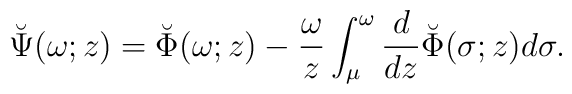
\breve{\Psi}(\omega;z)=\breve{\Phi}(\omega;z)-{\omega \over z} \int_\mu^\omega {d \over dz}\breve{\Phi}(\sigma;z)d\sigma .